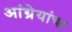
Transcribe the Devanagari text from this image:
आंग्रेयांचा